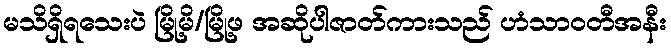
မသိရှိရသေးပဲ မြို့မိ/မြို့ဖ အဆိုပါဇာတ်ကားသည် ဟံသာဝတီအနီး